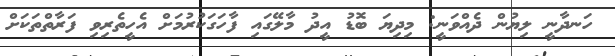
ހަނދާނީ ލިޔުން ދެއްވަނީ: މިދިޔަ ބޮޑު އީދު މާލޭގައި ފާހަގަކުރުމަށް އެހީތެރިވި ފަރާތްތަކަށް